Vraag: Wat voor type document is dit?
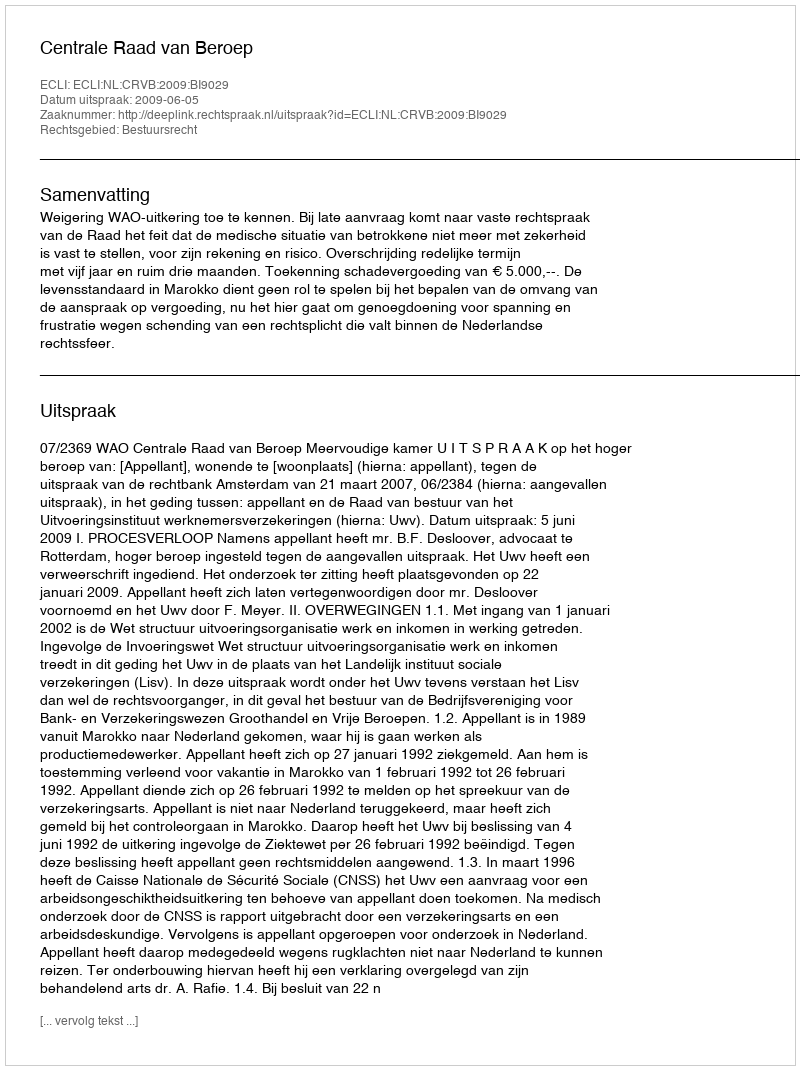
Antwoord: Uitspraak